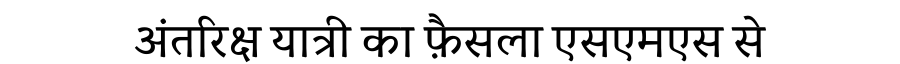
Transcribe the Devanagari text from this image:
अंतरिक्ष यात्री का फ़ैसला एसएमएस से